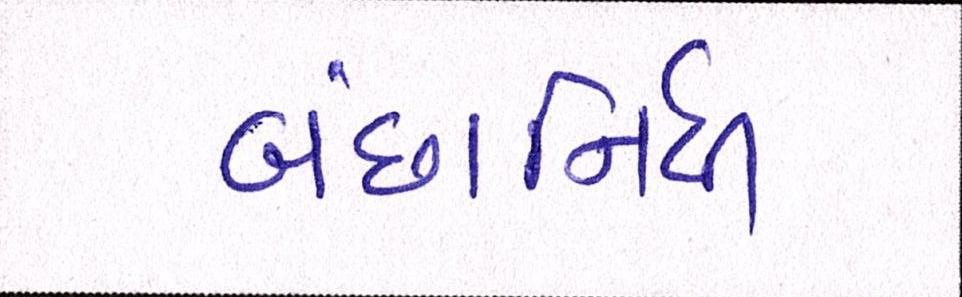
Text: બંછાનિધી